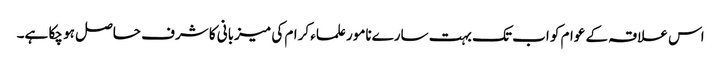
اس علاقہ کے عوام کو اب تک بہت سارےنامور علماء کرام کی میزبانی کا شرف حاصل ہو چکا ہے۔